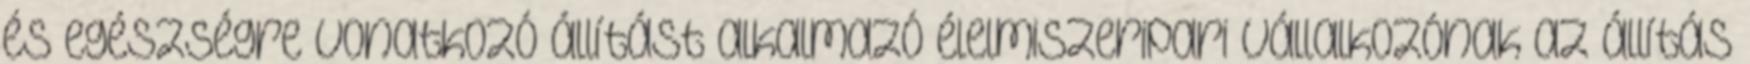
és egészségre vonatkozó állítást alkalmazó élelmiszeripari vállalkozónak az állítás